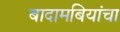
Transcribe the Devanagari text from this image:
बादामबियांचा